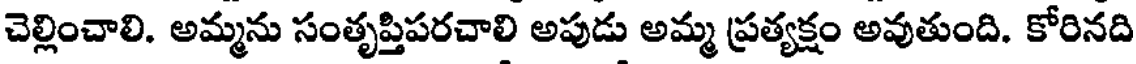
చెల్లించాలి. అమ్మను సంతృప్తిపరచాలి అపుడు అమ్మ ప్రత్యక్షం అవుతుంది. కోరినది